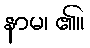
နာမ၊ ၏။